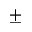
\pm